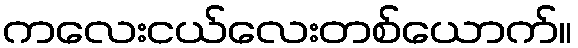
ကလေးငယ်လေးတစ်ယောက်။